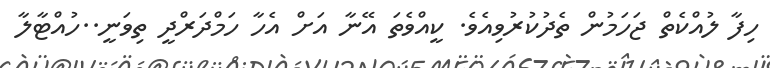
ހިފާ ލުއްކެތް ޖަހަމުން ތެދުކުރުވިއެވެ. ކީއްވެތަ އޭނާ އަށް އެހާ ހަމްދަރްދީ ތިވަނީ..ހުއްޓާލާ